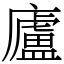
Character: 廬